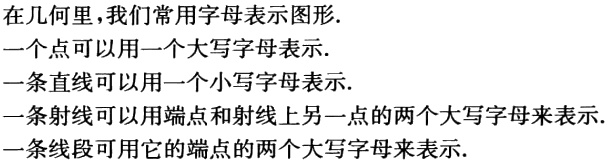
在几何里，我们常用字母表示图形.
一个点可以用一个大写字母表示.
一条直线可以用一个小写字母表示.
一条射线可以用端点和射线上另一点的两个大写字母来表示.
一条线段可用它的端点的两个大写字母来表示.